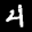
Label: 4